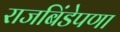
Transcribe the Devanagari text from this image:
राजबिंडेपणा